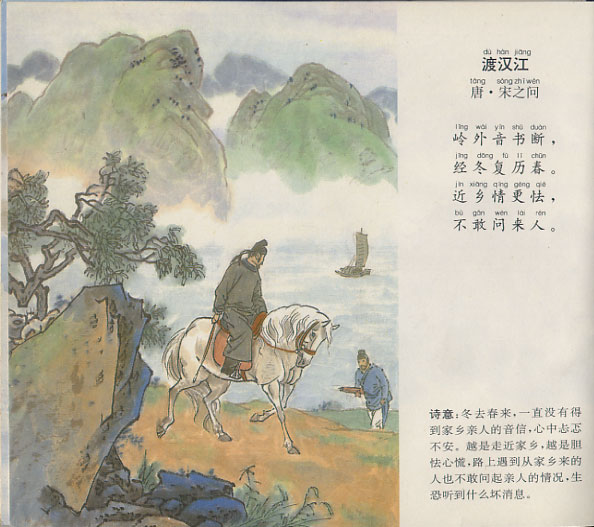
岭外音书断，经冬复历春。